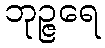
ဘုဉ္ဇရေ